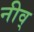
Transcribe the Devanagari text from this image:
नीव्